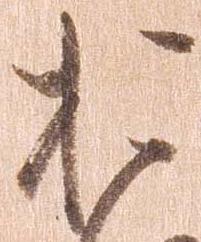
お